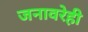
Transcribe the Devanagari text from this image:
जनावरेही